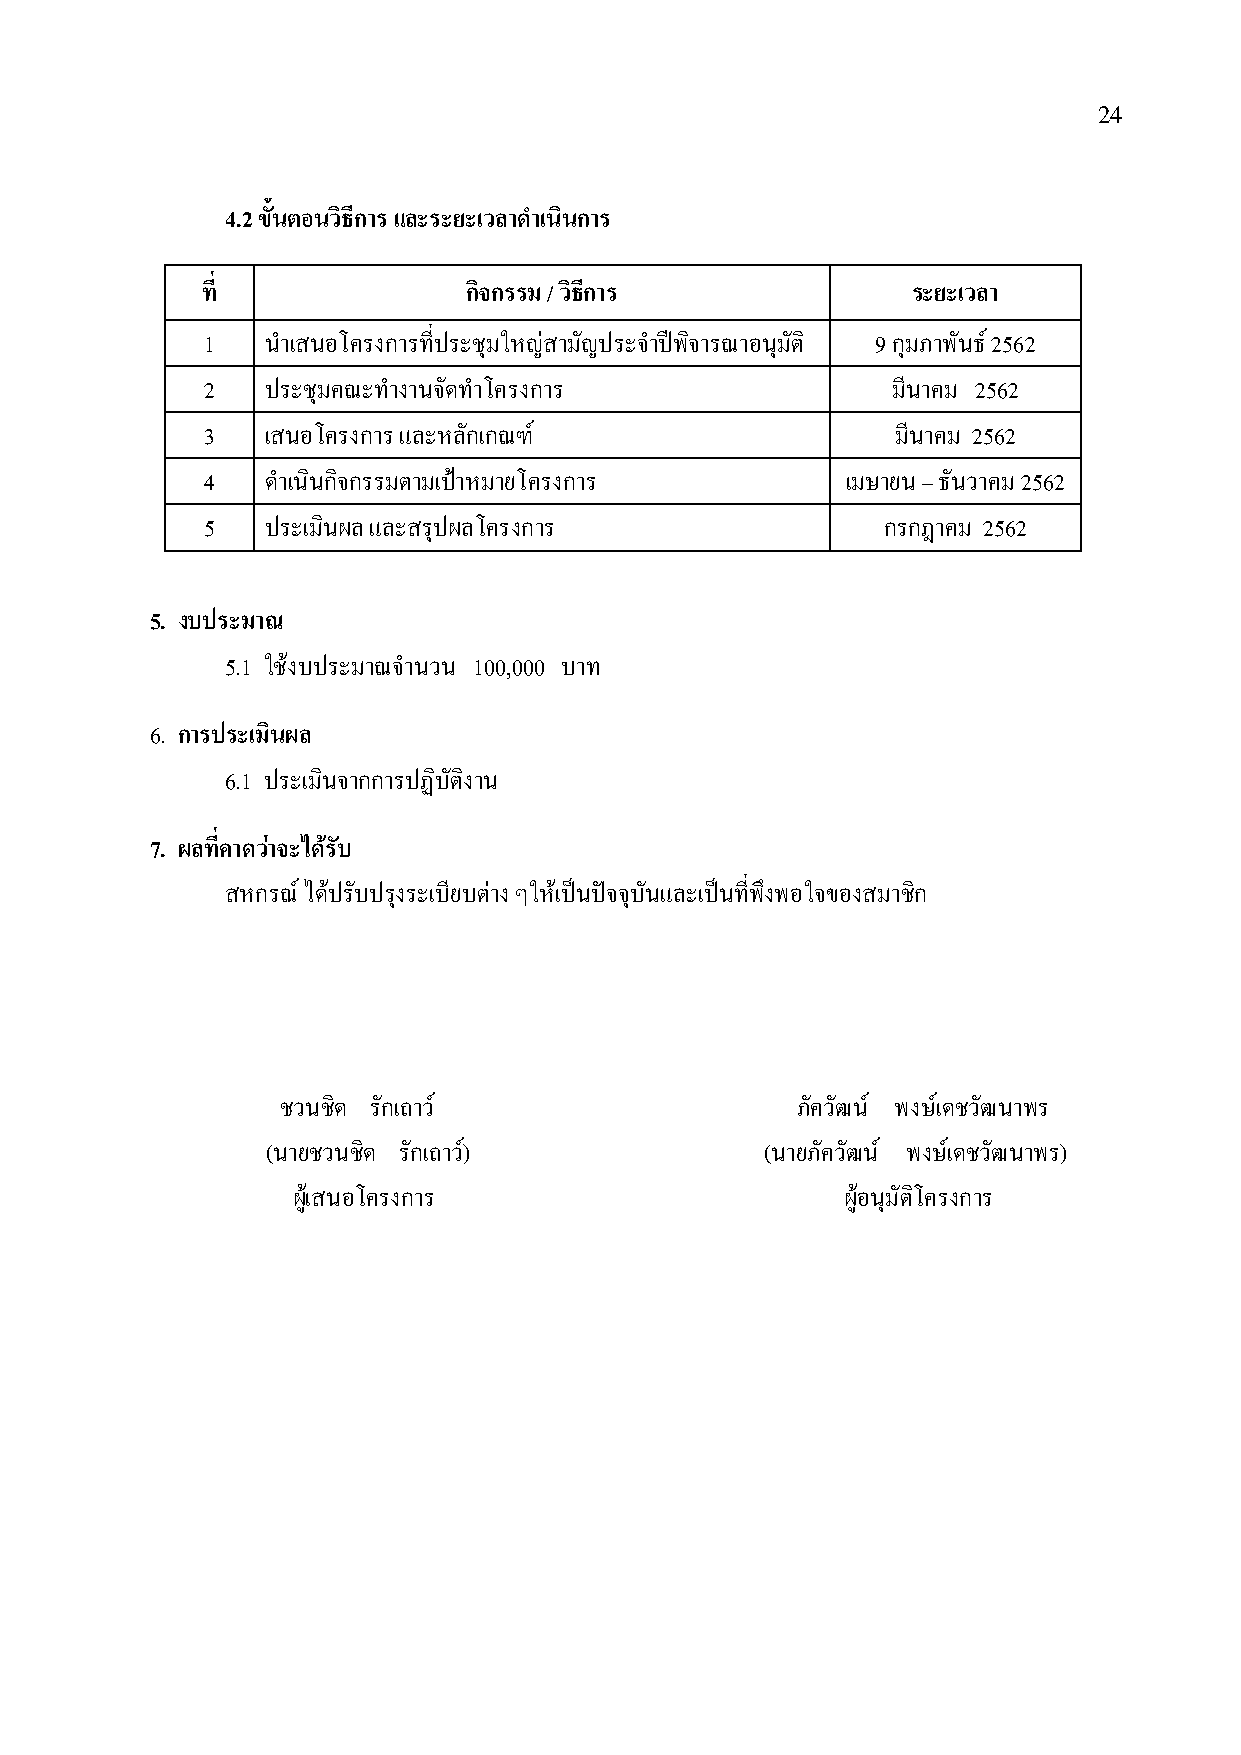
24
 4.2 ขั้นตอนวิธีการ และระยะเวลาด าเนินการ
 ที่               กิจกรรม / วิธีการ            ระยะเวลา
 1    นําเสนอโครงการที่ประชุมใหญ่สามัญประจําปีพิจารณาอนุมัติ 9 กุมภาพันธ์ 2562
 2    ประชุมคณะทํางานจัดทําโครงการ             มีนาคม 2562
 3    เสนอโครงการ และหลักเกณฑ์                 มีนาคม 2562
 4    ดําเนินกิจกรรมตามเป้าหมายโครงการ      เมษายน – ธันวาคม 2562
 5    ประเมินผล และสรุปผลโครงการ              กรกฎาคม 2562
 5. งบประมาณ
 5.1 ใช้งบประมาณจํานวน 100,000 บาท
 6. การประเมินผล
 6.1 ประเมินจากการปฏิบัติงาน
 7. ผลที่คาดว่าจะได้รับ
 สหกรณ ์ได้ปรับปรุงระเบียบต่าง ๆให้เป็นปัจจุบันและเป็นที่พึงพอใจของสมาชิก
 ชวนชิด รักเถาว์                   ภัควัฒน์ พงษ์เดชวัฒนาพร
 (นายชวนชิด รักเถาว์)             (นายภัควัฒน์ พงษ์เดชวัฒนาพร)
 ผู้เสนอโครงการ                       ผู้อนุมัติโครงการ